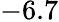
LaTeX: -6.7